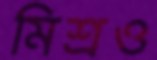
মিশ্রও